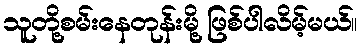
သူတို့စမ်းနေတုန်းမို့ ဖြစ်ပါလိမ့်မယ်။